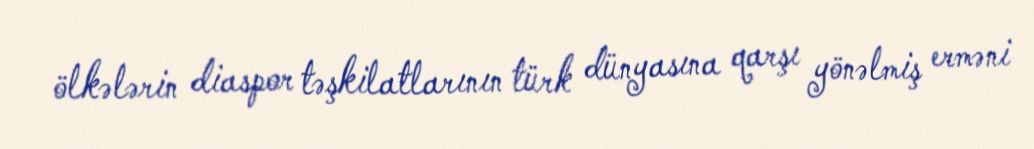
ölkələrin diaspor təşkilatlarının türk dünyasına qarşı yönəlmiş erməni